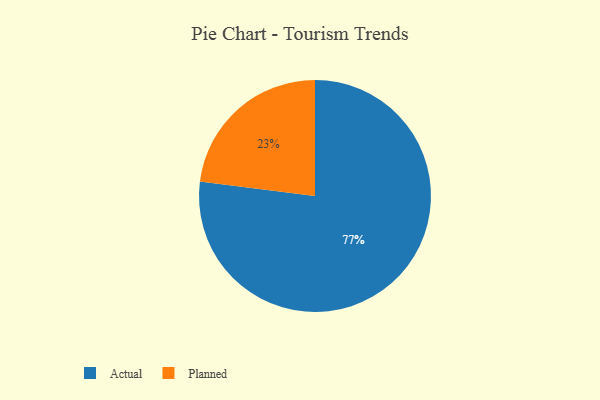
{"axis": {"x": "Category", "y": "Percentage"}, "legend": ["Actual", "Planned"], "data": [{"x": "Actual", "y": 77, "type": "Actual"}, {"x": "Planned", "y": 23, "type": "Planned"}]}